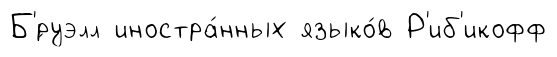
Б'́руэлл иностра́нных языко́в Р'иб'икофф